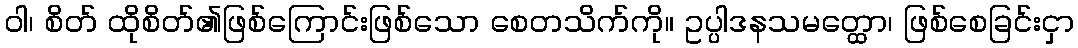
ဝါ၊ စိတ် ထိုစိတ်၏ဖြစ်ကြောင်းဖြစ်သော စေတသိက်ကို။ ဥပ္ပါဒနသမတ္ထော၊ ဖြစ်စေခြင်းငှာ